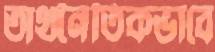
অথনৈতিকভাবে